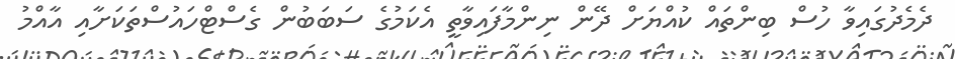
ދެމެދުގައިވާ ހުސް ބިންތައް ކުއްޔަށް ދޭން ނިންމާފައިވާތީ އެކަމުގެ ސަބަބުން ގެސްޓްހައުސްތަކަށާއި އާއްމު